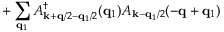
+ \sum _ { { \bf { q } } _ { 1 } } A _ { { \bf { k } } + { \bf { q } } / 2 - { \bf { q } } _ { 1 } / 2 } ^ { \dagger } ( { \bf { q } } _ { 1 } ) A _ { { \bf { k } } - { \bf { q } } _ { 1 } / 2 } ( - { \bf { q } } + { \bf { q } } _ { 1 } )